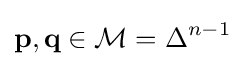
\mathbf {p} ,\mathbf {q} \in {\mathcal {M}}=\Delta ^{n-1}